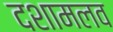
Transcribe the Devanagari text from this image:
दशामलव